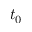
t _ { 0 }